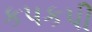
કપકપી